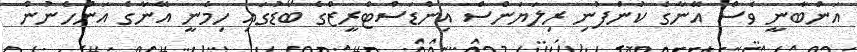
އަންބާނީ ވެސް އޭނާގެ ކުންފުނި ރިލަޔަންސް އިންޑަސްޓްރީޒްގެ ބޯޑުގައި ހިމެނީ އޭނާގެ އަންހެނުން